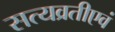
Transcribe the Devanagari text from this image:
सत्यव्रतीएवं